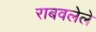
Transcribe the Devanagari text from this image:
राबवलेले